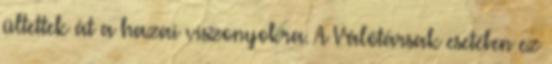
ültettek át a hazai viszonyokra. A Válótársak esetében ez